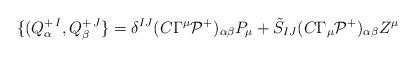
LaTeX: \begin{align*}\{(Q^{+\, I}_\alpha,Q^{+\, J}_\beta\} =\delta^{IJ}(C\Gamma^\mu {\cal P}^+)_{\alpha\beta} P_\mu + \tilde S_{IJ}(C\Gamma_\mu {\cal P}^+)_{\alpha\beta} Z^\mu\end{align*}